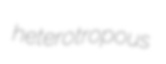
heterotropous